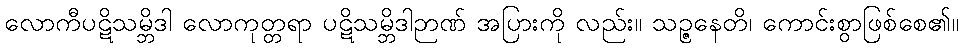
လောကီပဋိသမ္ဘိဒါ လောကုတ္တရာ ပဋိသမ္ဘိဒါဉာဏ် အပြားကို လည်း။ သဉ္ဇနေတိ၊ ကောင်းစွာဖြစ်စေ၏။